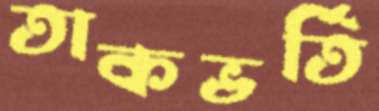
তাকভর্তি